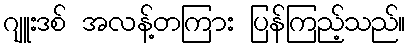
ဂျူးဒစ် အလန့်တကြား ပြန်ကြည့်သည်။